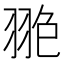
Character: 𦐙